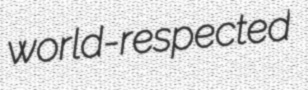
world-respected